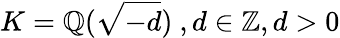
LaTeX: K=\mathbb{Q}({\sqrt{-d}})\ ,d\in\mathbb{Z},d>0